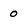
Character: 0